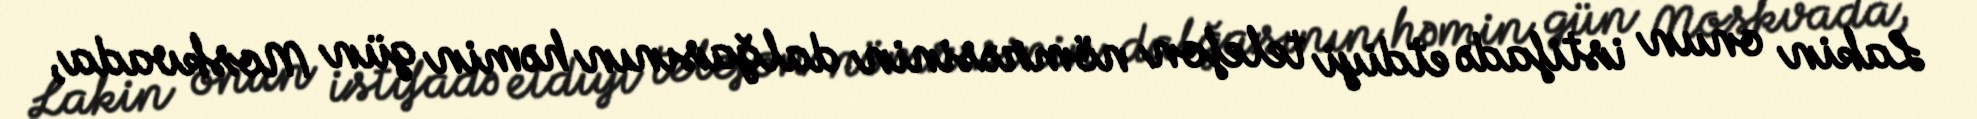
Lakin onun istifadə etdiyi telefon nömrəsinin dalğasının həmin gün Moskvada,